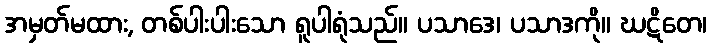
အမှတ်မထား, တစ်ပါးပါးသော ရူပါရုံသည်။ ပသာဒေ၊ ပသာဒကို။ ဃဋိတေ၊